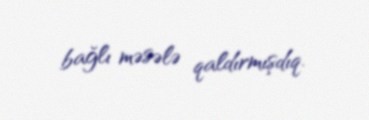
bağlı məsələ qaldırmışdıq.